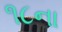
૧૮ના